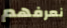
نعرفهم